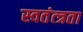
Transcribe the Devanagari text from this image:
स्वतंत्त्रता